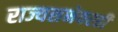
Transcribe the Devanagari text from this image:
राज्यसभेवरही